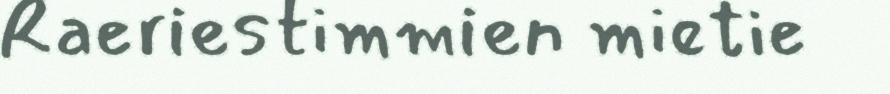
Raeriestimmien mietie